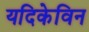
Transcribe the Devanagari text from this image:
यदिकेविन